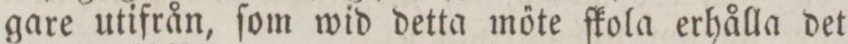
gare utifrån, ſom wid detta mőte ſkola erhålla det